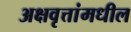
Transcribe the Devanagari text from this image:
अक्षवृत्तांमधील